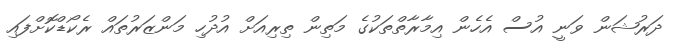
ދަރުޝަން ވަނީ އުސް އެހެން އިމާރާތްތަކުގެ މަތިން ތިރިއަށް އުދުހި މަންޒަރުތައް ރެކޯޑްކޮށްފައި